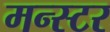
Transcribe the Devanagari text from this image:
मन्स्टर